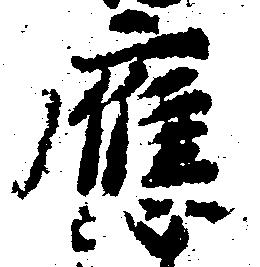
応